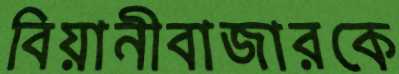
বিয়ানীবাজারকে